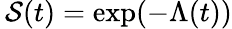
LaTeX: \, \mathcal{S}(t)=\exp(-\Lambda(t))